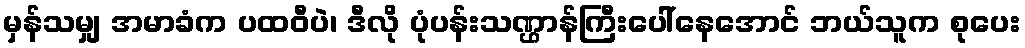
မှန်သမျှ အမာခံက ပထဝီပဲ၊ ဒီလို ပုံပန်းသဏ္ဌာန်ကြီးပေါ်နေအောင် ဘယ်သူက စုပေး